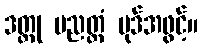
ဒတ္တု ပညတ္တံ ပုဒ်အဖွင့်။